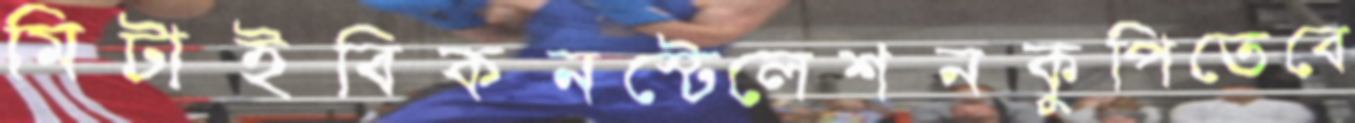
মিটাইবিকনস্টেলেশনকুপিতেবে